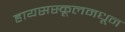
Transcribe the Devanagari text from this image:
हायसस्कूलमधून